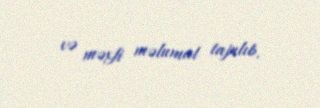
və məxfi məlumat tapılıb.